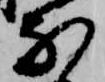
な